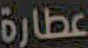
عطارة